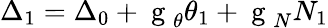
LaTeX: \Delta_{1}=\Delta_{0}+\mathrm{~g~}_{\theta}\theta_{1}+\mathrm{~g~}_{N}N_{1}